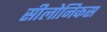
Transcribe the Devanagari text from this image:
सीलोनिकस